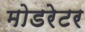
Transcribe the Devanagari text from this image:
मोडरेटर